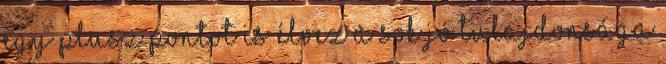
egy plusz pontot is élvez a sok jó tulajdonsága